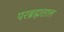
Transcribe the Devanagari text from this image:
परब्रह्मताल